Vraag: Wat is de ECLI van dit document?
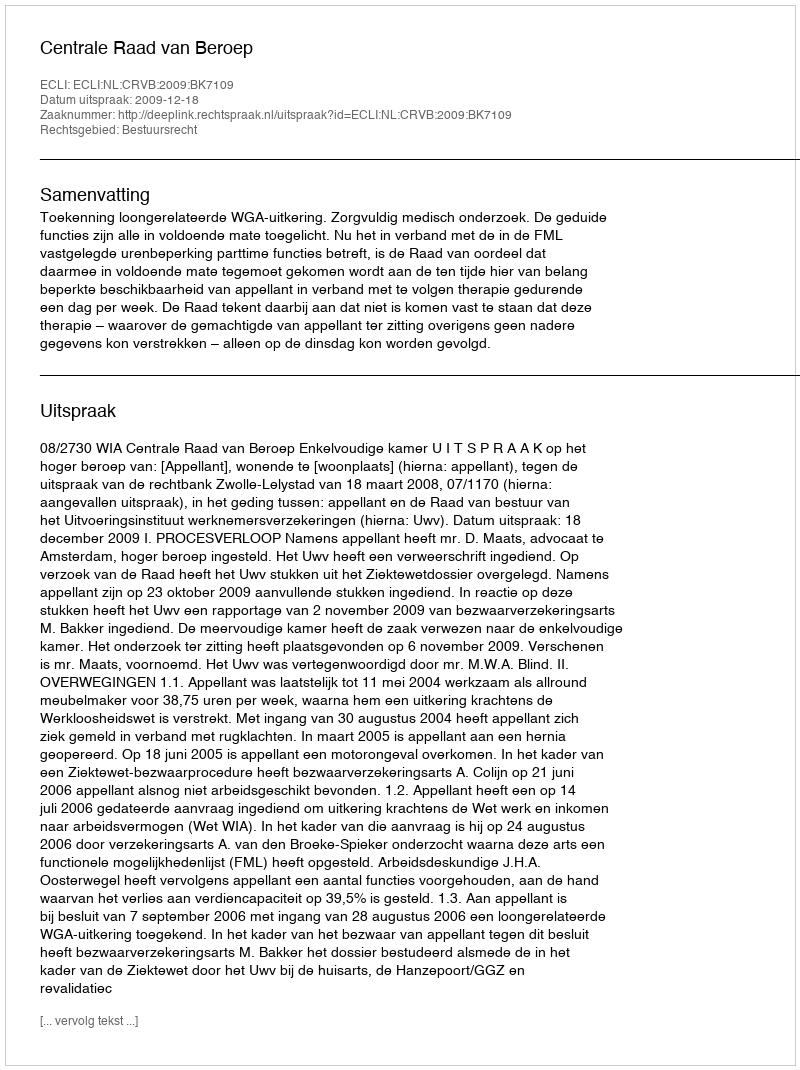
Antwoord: ECLI:NL:CRVB:2009:BK7109